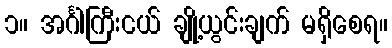
၁။ အင်္ဂါကြီးငယ် ချို့ယွင်းချက် မရှိစေရ။